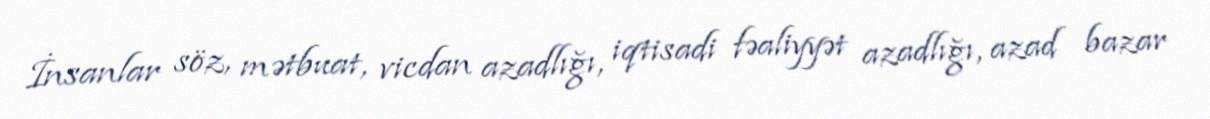
İnsanlar söz, mətbuat, vicdan azadlığı, iqtisadi fəaliyyət azadlığı, azad bazar